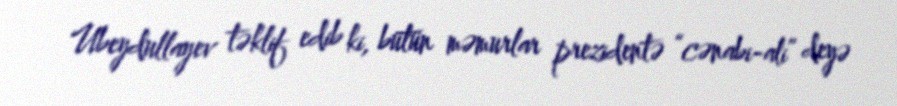
Ubeydullayev təklif edib ki, bütün məmurlar prezidentə “cənabi-ali” deyə